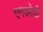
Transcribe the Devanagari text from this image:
एनओडी